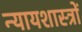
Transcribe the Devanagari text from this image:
न्यायशास्त्रों